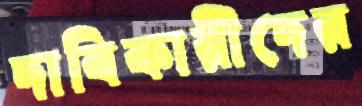
দাবিকারীদের